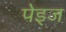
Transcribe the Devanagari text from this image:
पेइज